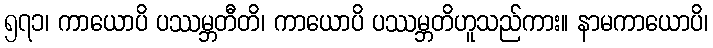
၅၇၁၊ ကာယောပိ ပဿမ္ဘတီတိ၊ ကာယောပိ ပဿမ္ဘတိဟူသည်ကား။ နာမကာယောပိ၊